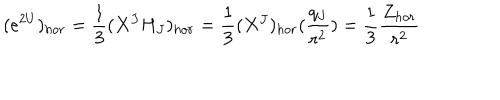
( e ^ { 2 U } ) _ { h o r } = { \frac { 1 } { 3 } } ( X ^ { J } H _ { J } ) _ { h o r } = { \frac { 1 } { 3 } } ( X ^ { J } ) _ { h o r } ( { \frac { q _ { J } } { r ^ { 2 } } } ) = { \frac { 1 } { 3 } } { \frac { Z _ { h o r } } { r ^ { 2 } } }